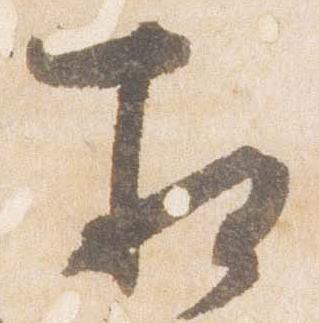
相